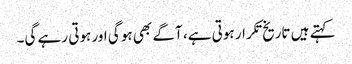
کہتے ہیں تاریخ تکرار ہوتی ہے، آگے بھی ہو گی اور ہوتی رہے گی۔